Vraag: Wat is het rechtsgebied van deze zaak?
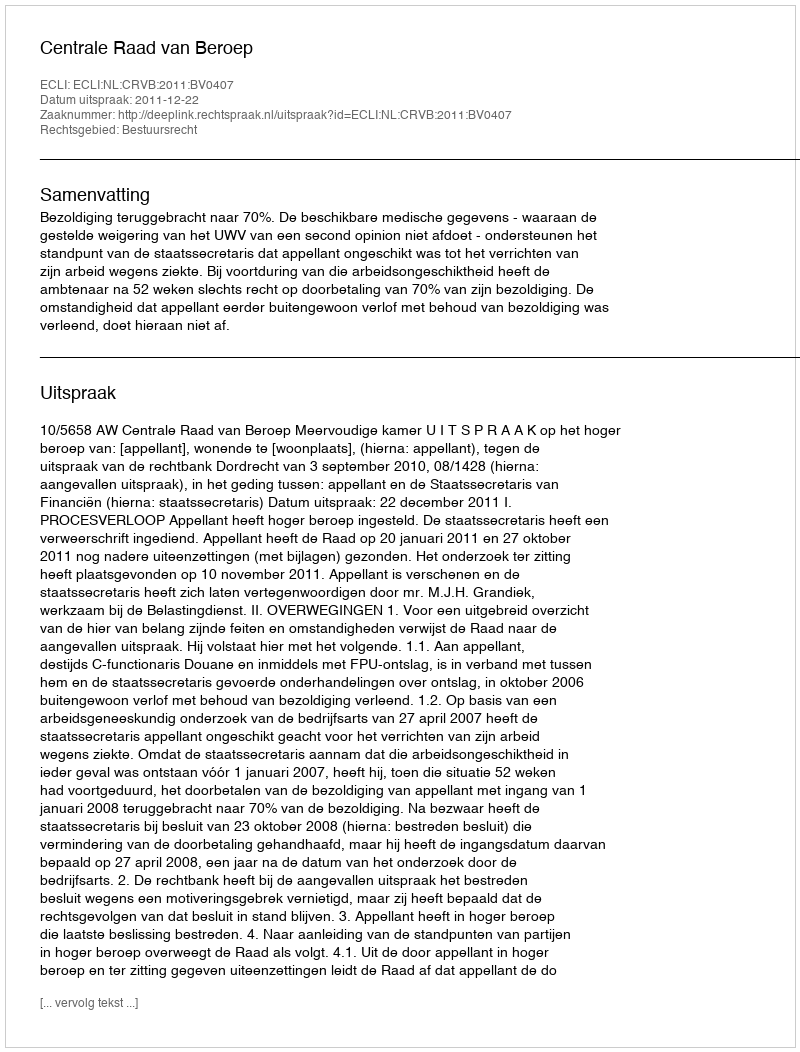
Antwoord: Bestuursrecht